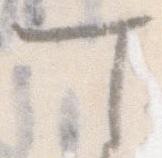
て